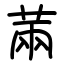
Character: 䓣